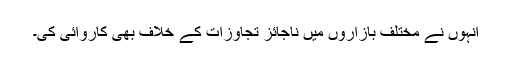
انہوں نے مختلف بازاروں میں ناجائز تجاوزات کے خلاف بھی کاروائی کی۔